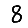
Digit: 8